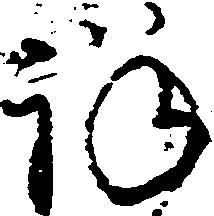
詳